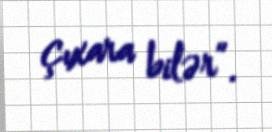
çıxara bilər”.